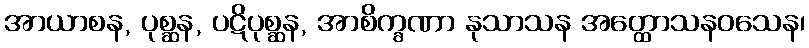
အာယာစန, ပုစ္ဆန, ပဋိပုစ္ဆန, အာစိက္ခဏာ နုသာသန အတ္ထောသနဝသေန၊